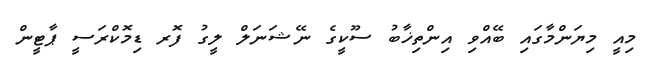
މިއީ މިޔަންމާގައި ބޭއްވި އިންތިޚާބު ސޫކީގެ ނޭޝަނަލް ލީގު ފޮރ ޑިމޮކްރަސީ ޕާޓީން